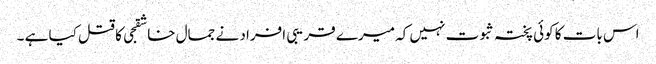
اس بات کا کوئی پختہ ثبوت نہیں کہ میرے قریبی افراد نے جمال خاشقجی کا قتل کیا ہے ۔